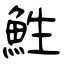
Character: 鮏